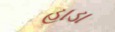
હાડા